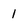
Character: 1